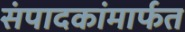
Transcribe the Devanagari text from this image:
संपादकांमार्फत